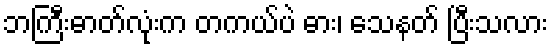
ဘကြီးဓာတ်လုံးက တကယ်ပဲ ဓား၊ သေနတ် ပြီးသလား